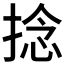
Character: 捻